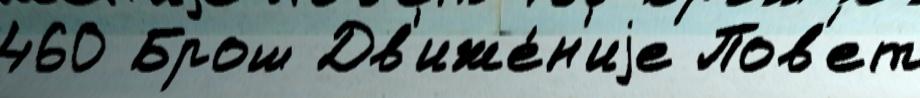
460 Брош Дв'иже́н'иjе Пов'ет